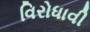
વિરોધાવી